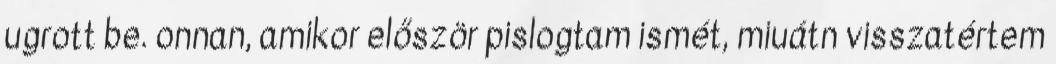
ugrott be. onnan, amikor először pislogtam ismét, miuátn visszatértem